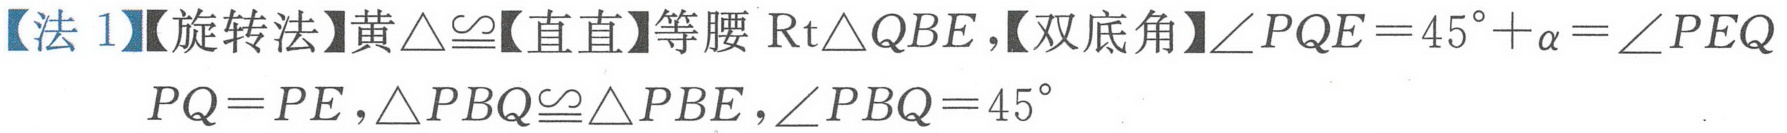
【法1】【旋转法】黄\(\triangle\cong\)【直直】等腰\(\text{Rt}\triangle QBE\)，【双底角】\(\angle PQE = 45^{\circ}+\alpha=\angle PEQ\)
\(PQ = PE,\triangle PBQ\cong\triangle PBE,\angle PBQ = 45^{\circ}\)